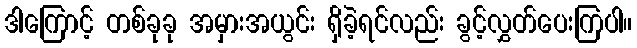
ဒါကြောင့် တစ်ခုခု အမှားအယွင်း ရှိခဲ့ရင်လည်း ခွင့်လွှတ်ပေးကြပါ။